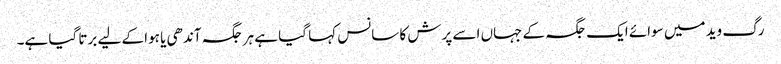
رگ وید میں سوائے ایک جگہ کے جہاں اسے پرش کا سانس کہا گیا ہے ہر جگہ آندھی یا ہوا کے لیے برتا گیا ہے۔